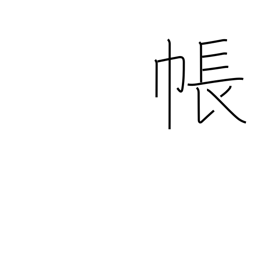
Meaning: account book